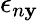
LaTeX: \epsilon_{n\mathbf{y}}